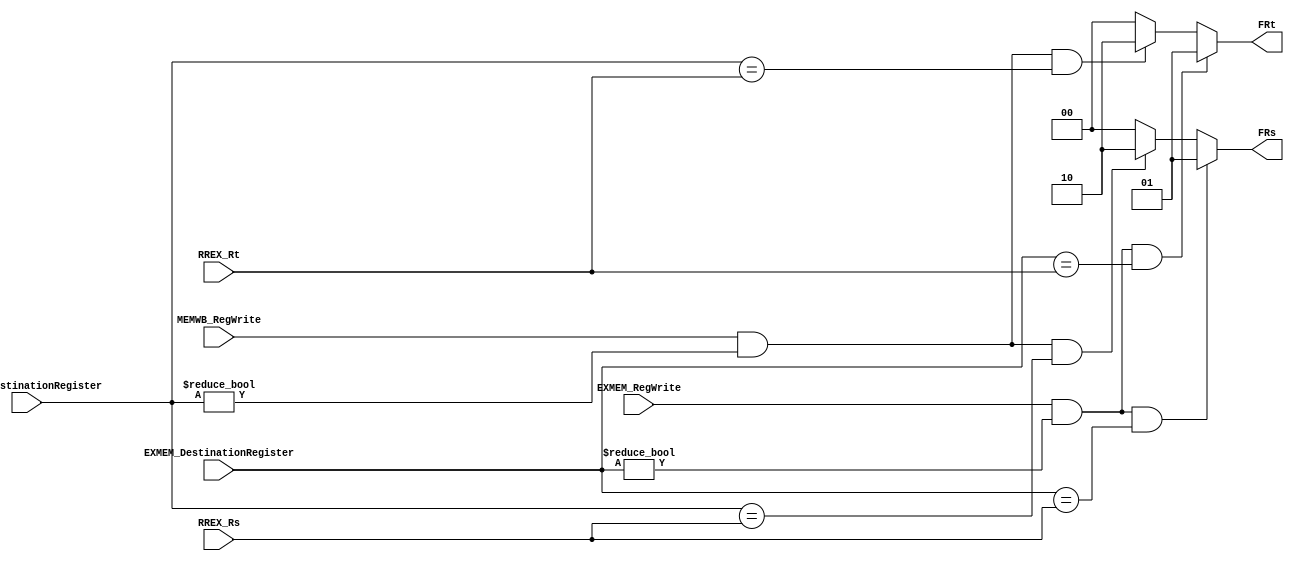
`timescale 1ns / 1ps

module Forwarding(
    input [4:0] EXMEM_DestinationRegister,
    input [4:0] MEMWB_DestinationRegister,
    input EXMEM_RegWrite,
    input MEMWB_RegWrite,
    input [4:0] RREX_Rs,
    input [4:0] RREX_Rt,
    output reg [1:0] FRs,
    output reg [1:0] FRt
);

always @(*) begin

    if((EXMEM_RegWrite == 1)&&(EXMEM_DestinationRegister != 0)&&(EXMEM_DestinationRegister == RREX_Rs)) begin
        FRs = 2'b01;
    end
    else if((MEMWB_RegWrite == 1)&&(MEMWB_DestinationRegister != 0)&&(MEMWB_DestinationRegister == RREX_Rs)) begin
        FRs = 2'b10;
    end
    else begin
        FRs = 2'b00;
    end

    if((EXMEM_RegWrite == 1)&&(EXMEM_DestinationRegister != 0)&&(EXMEM_DestinationRegister == RREX_Rt)) begin
        FRt = 2'b01;
    end
    else if((MEMWB_RegWrite == 1)&&(MEMWB_DestinationRegister != 0)&&(MEMWB_DestinationRegister == RREX_Rt)) begin
        FRt = 2'b10;
    end
    else begin
        FRt = 2'b00;
    end
    
end

endmodule